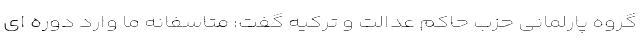
گروه پارلمانی حزب حاکم عدالت و ترکیه گفت: متاسفانه ما وارد دوره ای